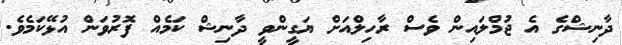
ދާނިޝްގެ އެ ޖުމްލައިން ވެސް ރާހިލްއަށް ޔަގީންވީ ދާނިޝް ކަމެއް ފޮރުވަން އުޅޭކަމެވެ.